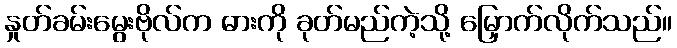
နှုတ်ခမ်းမွေးဗိုလ်က ဓားကို ခုတ်မည်ကဲ့သို့ မြှောက်လိုက်သည်။